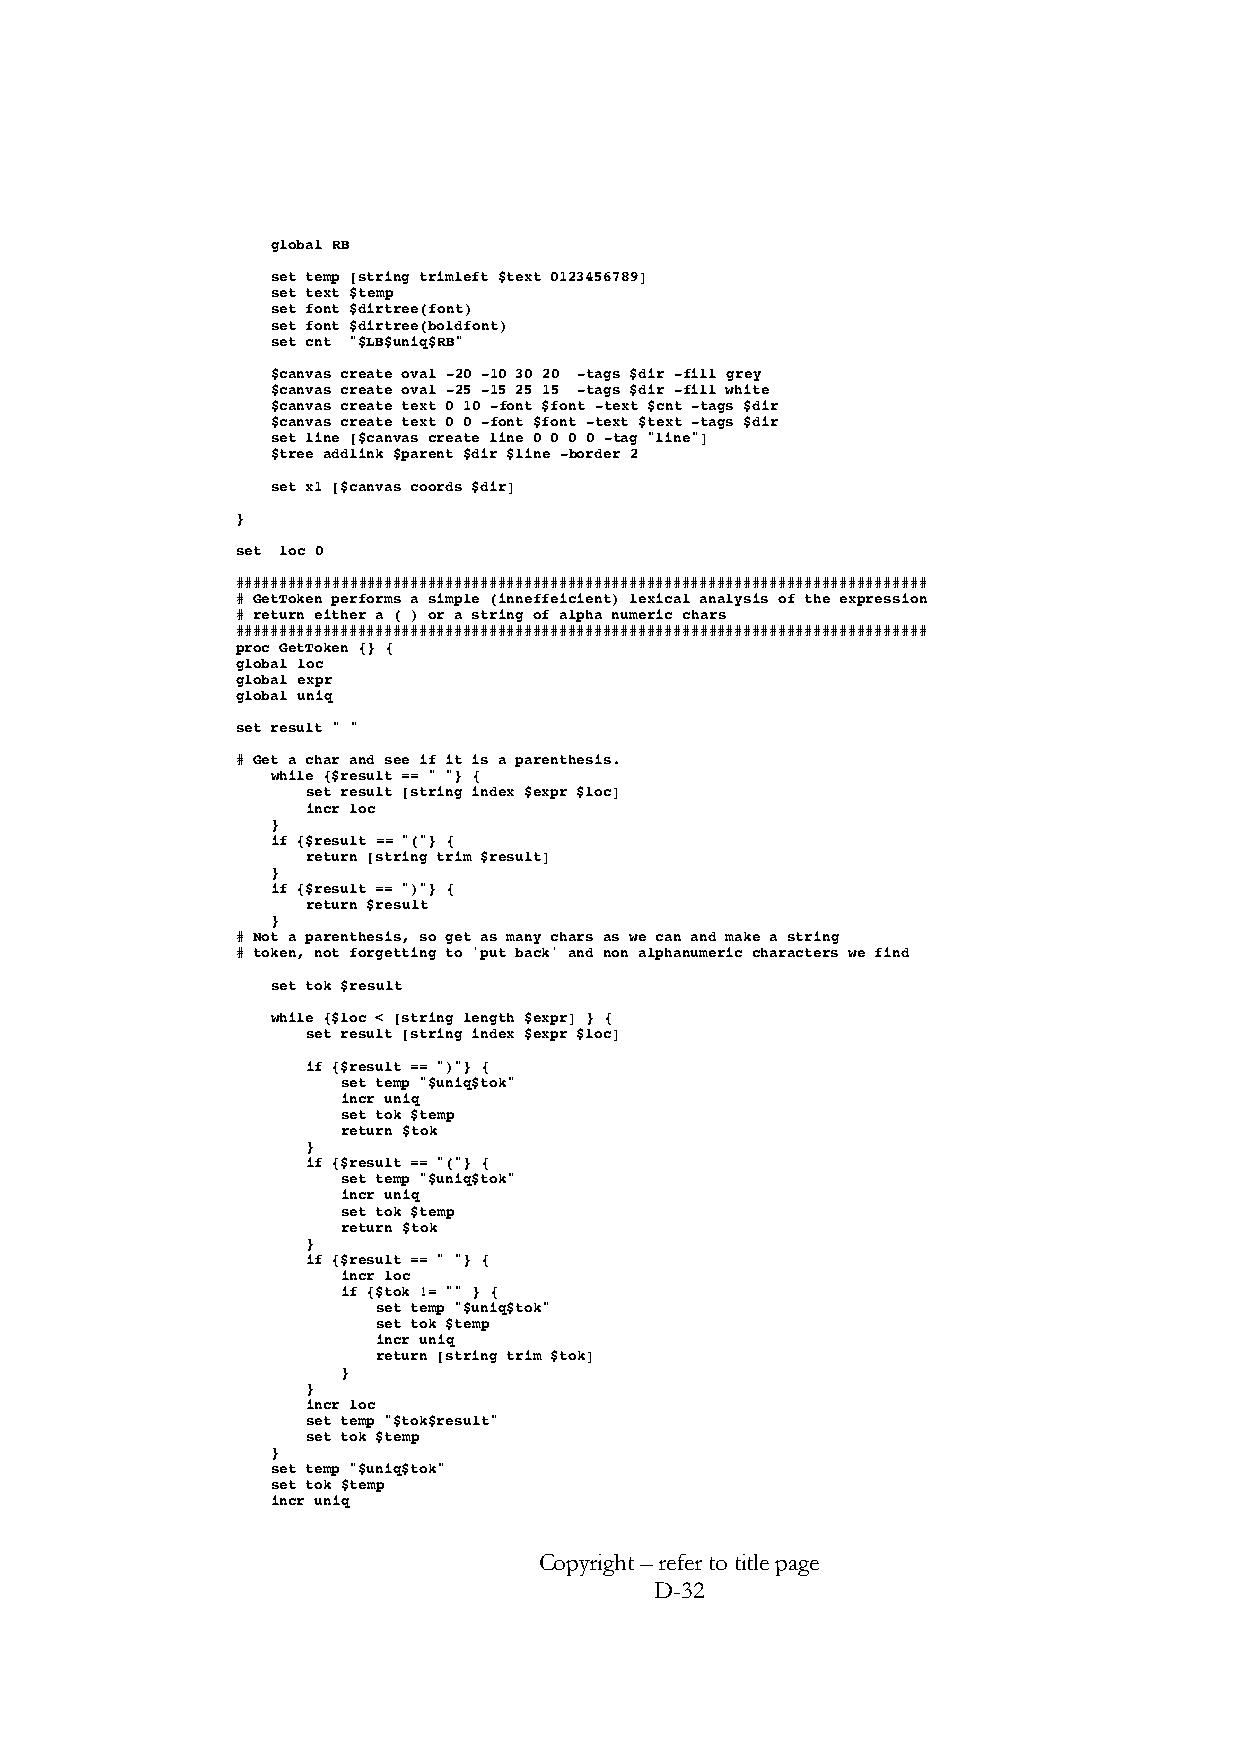
global RB
 set temp [string trimleft $text 0123456789]
 set text $temp
 set font $dirtree(font)
 set font $dirtree(boldfont)
 set cnt "$LB$uniq$RB"
 $canvas create oval -20 -10 30 20 -tags $dir -fill grey
 $canvas create oval -25 -15 25 15 -tags $dir -fill white
 $canvas create text 0 10 -font $font -text $cnt -tags $dir
 $canvas create text 0 0 -font $font -text $text -tags $dir
 set line [$canvas create line 0 0 0 0 -tag "line"]
 $tree addlink $parent $dir $line -border 2
 set x1 [$canvas coords $dir]
 }
 set loc 0
 ###############################################################################
 # GetToken performs a simple (inneffeicient) lexical analysis of the expression
 # return either a ( ) or a string of alpha numeric chars
 ###############################################################################
 proc GetToken {} {
 global loc
 global expr
 global uniq
 set result " "
 # Get a char and see if it is a parenthesis.
 while {$result == " "} {
 set result [string index $expr $loc]
 incr loc
 }
 if {$result == "("} {
 return [string trim $result]
 }
 if {$result == ")"} {
 return $result
 }
 # Not a parenthesis, so get as many chars as we can and make a string
 # token, not forgetting to 'put back' and non alphanumeric characters we find
 set tok $result
 while {$loc < [string length $expr] } {
 set result [string index $expr $loc]
 if {$result == ")"} {
 set temp "$uniq$tok"
 incr uniq
 set tok $temp
 return $tok
 }
 if {$result == "("} {
 set temp "$uniq$tok"
 incr uniq
 set tok $temp
 return $tok
 }
 if {$result == " "} {
 incr loc
 if {$tok != "" } {
 set temp "$uniq$tok"
 set tok $temp
 incr uniq
 return [string trim $tok]
 }
 }
 incr loc
 set temp "$tok$result"
 set tok $temp
 }
 set temp "$uniq$tok"
 set tok $temp
 incr uniq
 Copyright – refer to title page
 D-32